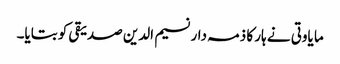
ما یاوتی نے ہار کا ذمہ دار نسیم الدین صدیقی کو بتایا۔